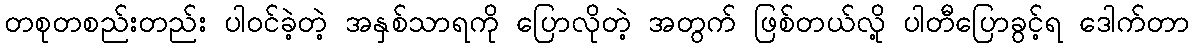
တစုတစည်းတည်း ပါဝင်ခဲ့တဲ့ အနှစ်သာရကို ပြောလိုတဲ့ အတွက် ဖြစ်တယ်လို့ ပါတီပြောခွင့်ရ ဒေါက်တာ